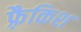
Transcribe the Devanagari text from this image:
फ़्रैकिश